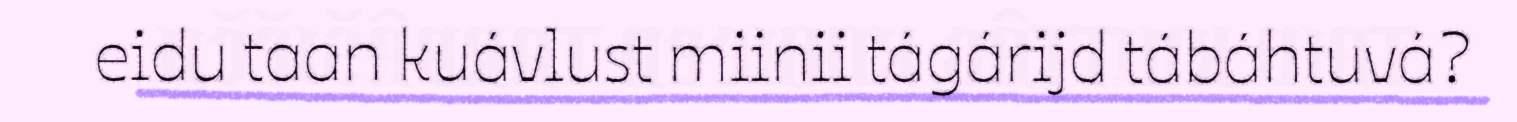
eidu taan kuávlust miinii tágárijd tábáhtuvá?